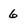
Character: 6